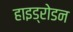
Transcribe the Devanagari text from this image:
हाइड्रोडन